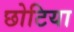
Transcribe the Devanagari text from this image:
छोटिया